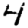
Digit: 4